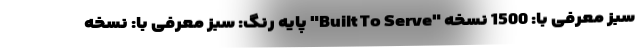
سبز معرفی با: 1500 نسخه "Built To Serve" پایه رنگ: سبز معرفی با: نسخه